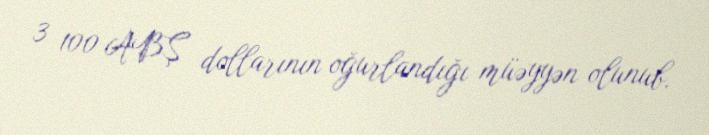
3 100 ABŞ dollarının oğurlandığı müəyyən olunub.